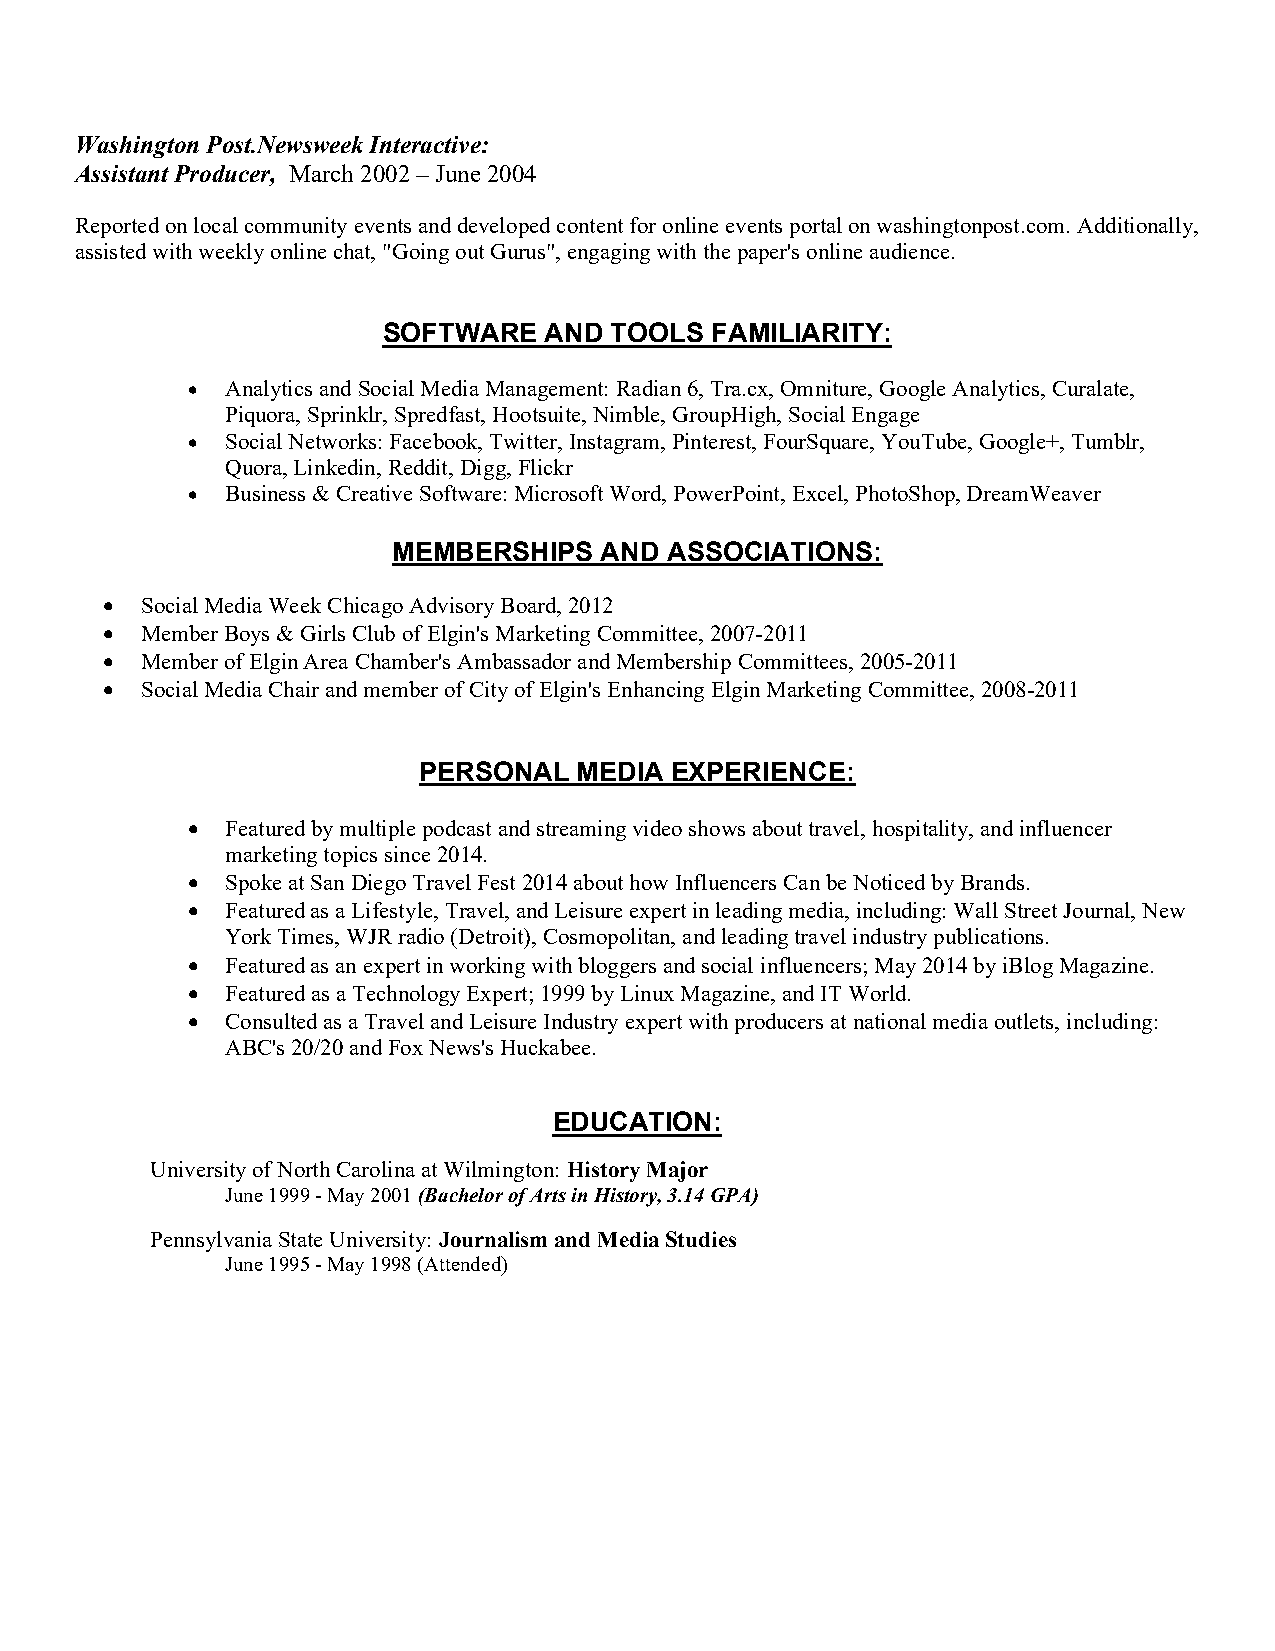
Washington Post.Newsweek Interactive:
 Assistant Producer, March 2002 – June 2004
 Reported on local community events and developed content for online events portal on washingtonpost.com. Additionally,
 assisted with weekly online chat, "Going out Gurus", engaging with the paper's online audience.
 SOFTWARE   AND TOOLS  FAMILIARITY:
   Analytics and Social Media Management: Radian 6, Tra.cx, Omniture, Google Analytics, Curalate,
 Piquora, Sprinklr, Spredfast, Hootsuite, Nimble, GroupHigh, Social Engage
   Social Networks: Facebook, Twitter, Instagram, Pinterest, FourSquare, YouTube, Google+, Tumblr,
 Quora, Linkedin, Reddit, Digg, Flickr
   Business & Creative Software: Microsoft Word, PowerPoint, Excel, PhotoShop, DreamWeaver
 MEMBERSHIPS   AND ASSOCIATIONS:
  Social Media Week Chicago Advisory Board, 2012
  Member Boys & Girls Club of Elgin's Marketing Committee, 2007-2011
  Member of Elgin Area Chamber's Ambassador and Membership Committees, 2005-2011
  Social Media Chair and member of City of Elgin's Enhancing Elgin Marketing Committee, 2008-2011
 PERSONAL  MEDIA EXPERIENCE:
   Featured by multiple podcast and streaming video shows about travel, hospitality, and influencer
 marketing topics since 2014.
   Spoke at San Diego Travel Fest 2014 about how Influencers Can be Noticed by Brands.
   Featured as a Lifestyle, Travel, and Leisure expert in leading media, including: Wall Street Journal, New
 York Times, WJR radio (Detroit), Cosmopolitan, and leading travel industry publications.
   Featured as an expert in working with bloggers and social influencers; May 2014 by iBlog Magazine.
   Featured as a Technology Expert; 1999 by Linux Magazine, and IT World.
   Consulted as a Travel and Leisure Industry expert with producers at national media outlets, including:
 ABC's 20/20 and Fox News's Huckabee.
 EDUCATION:
 University of North Carolina at Wilmington: History Major
 June 1999 - May 2001 (Bachelor of Arts in History, 3.14 GPA)
 Pennsylvania State University: Journalism and Media Studies
 June 1995 - May 1998 (Attended)